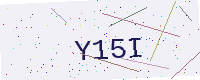
Text: Y15I